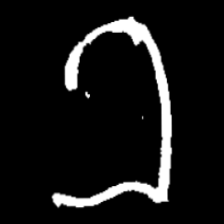
Pyu character \u2014 Myanmar letter: ခ (romanized: kha)